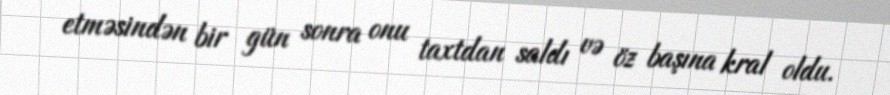
etməsindən bir gün sonra onu taxtdan saldı və öz başına kral oldu.